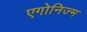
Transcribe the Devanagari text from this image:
एगोनिज्म